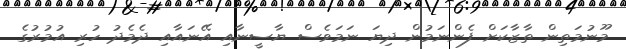
މޫނުމަތިން ތާޒާކަށް ފެންނަމުން ދިޔަ ނަމަވެސް ޔާސީނާއި އޭނައާއި ދެމެދު ހުރި އުމުރުގެ